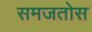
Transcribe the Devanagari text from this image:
समजतोस